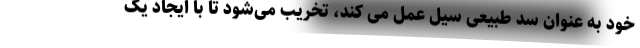
خود به عنوان سد طبیعی سیل عمل می کند، تخریب می‌شود تا با ایجاد یک